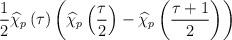
LaTeX: \begin{align*}\frac{1}{2}\widehat{\chi }_{p}\left( \tau \right) \left( \widehat{\chi }_{p}\left( \frac{\tau }{2}\right) -\widehat{\chi }_{p}\left( \frac{\tau +1}{2}\right) \right)\end{align*}